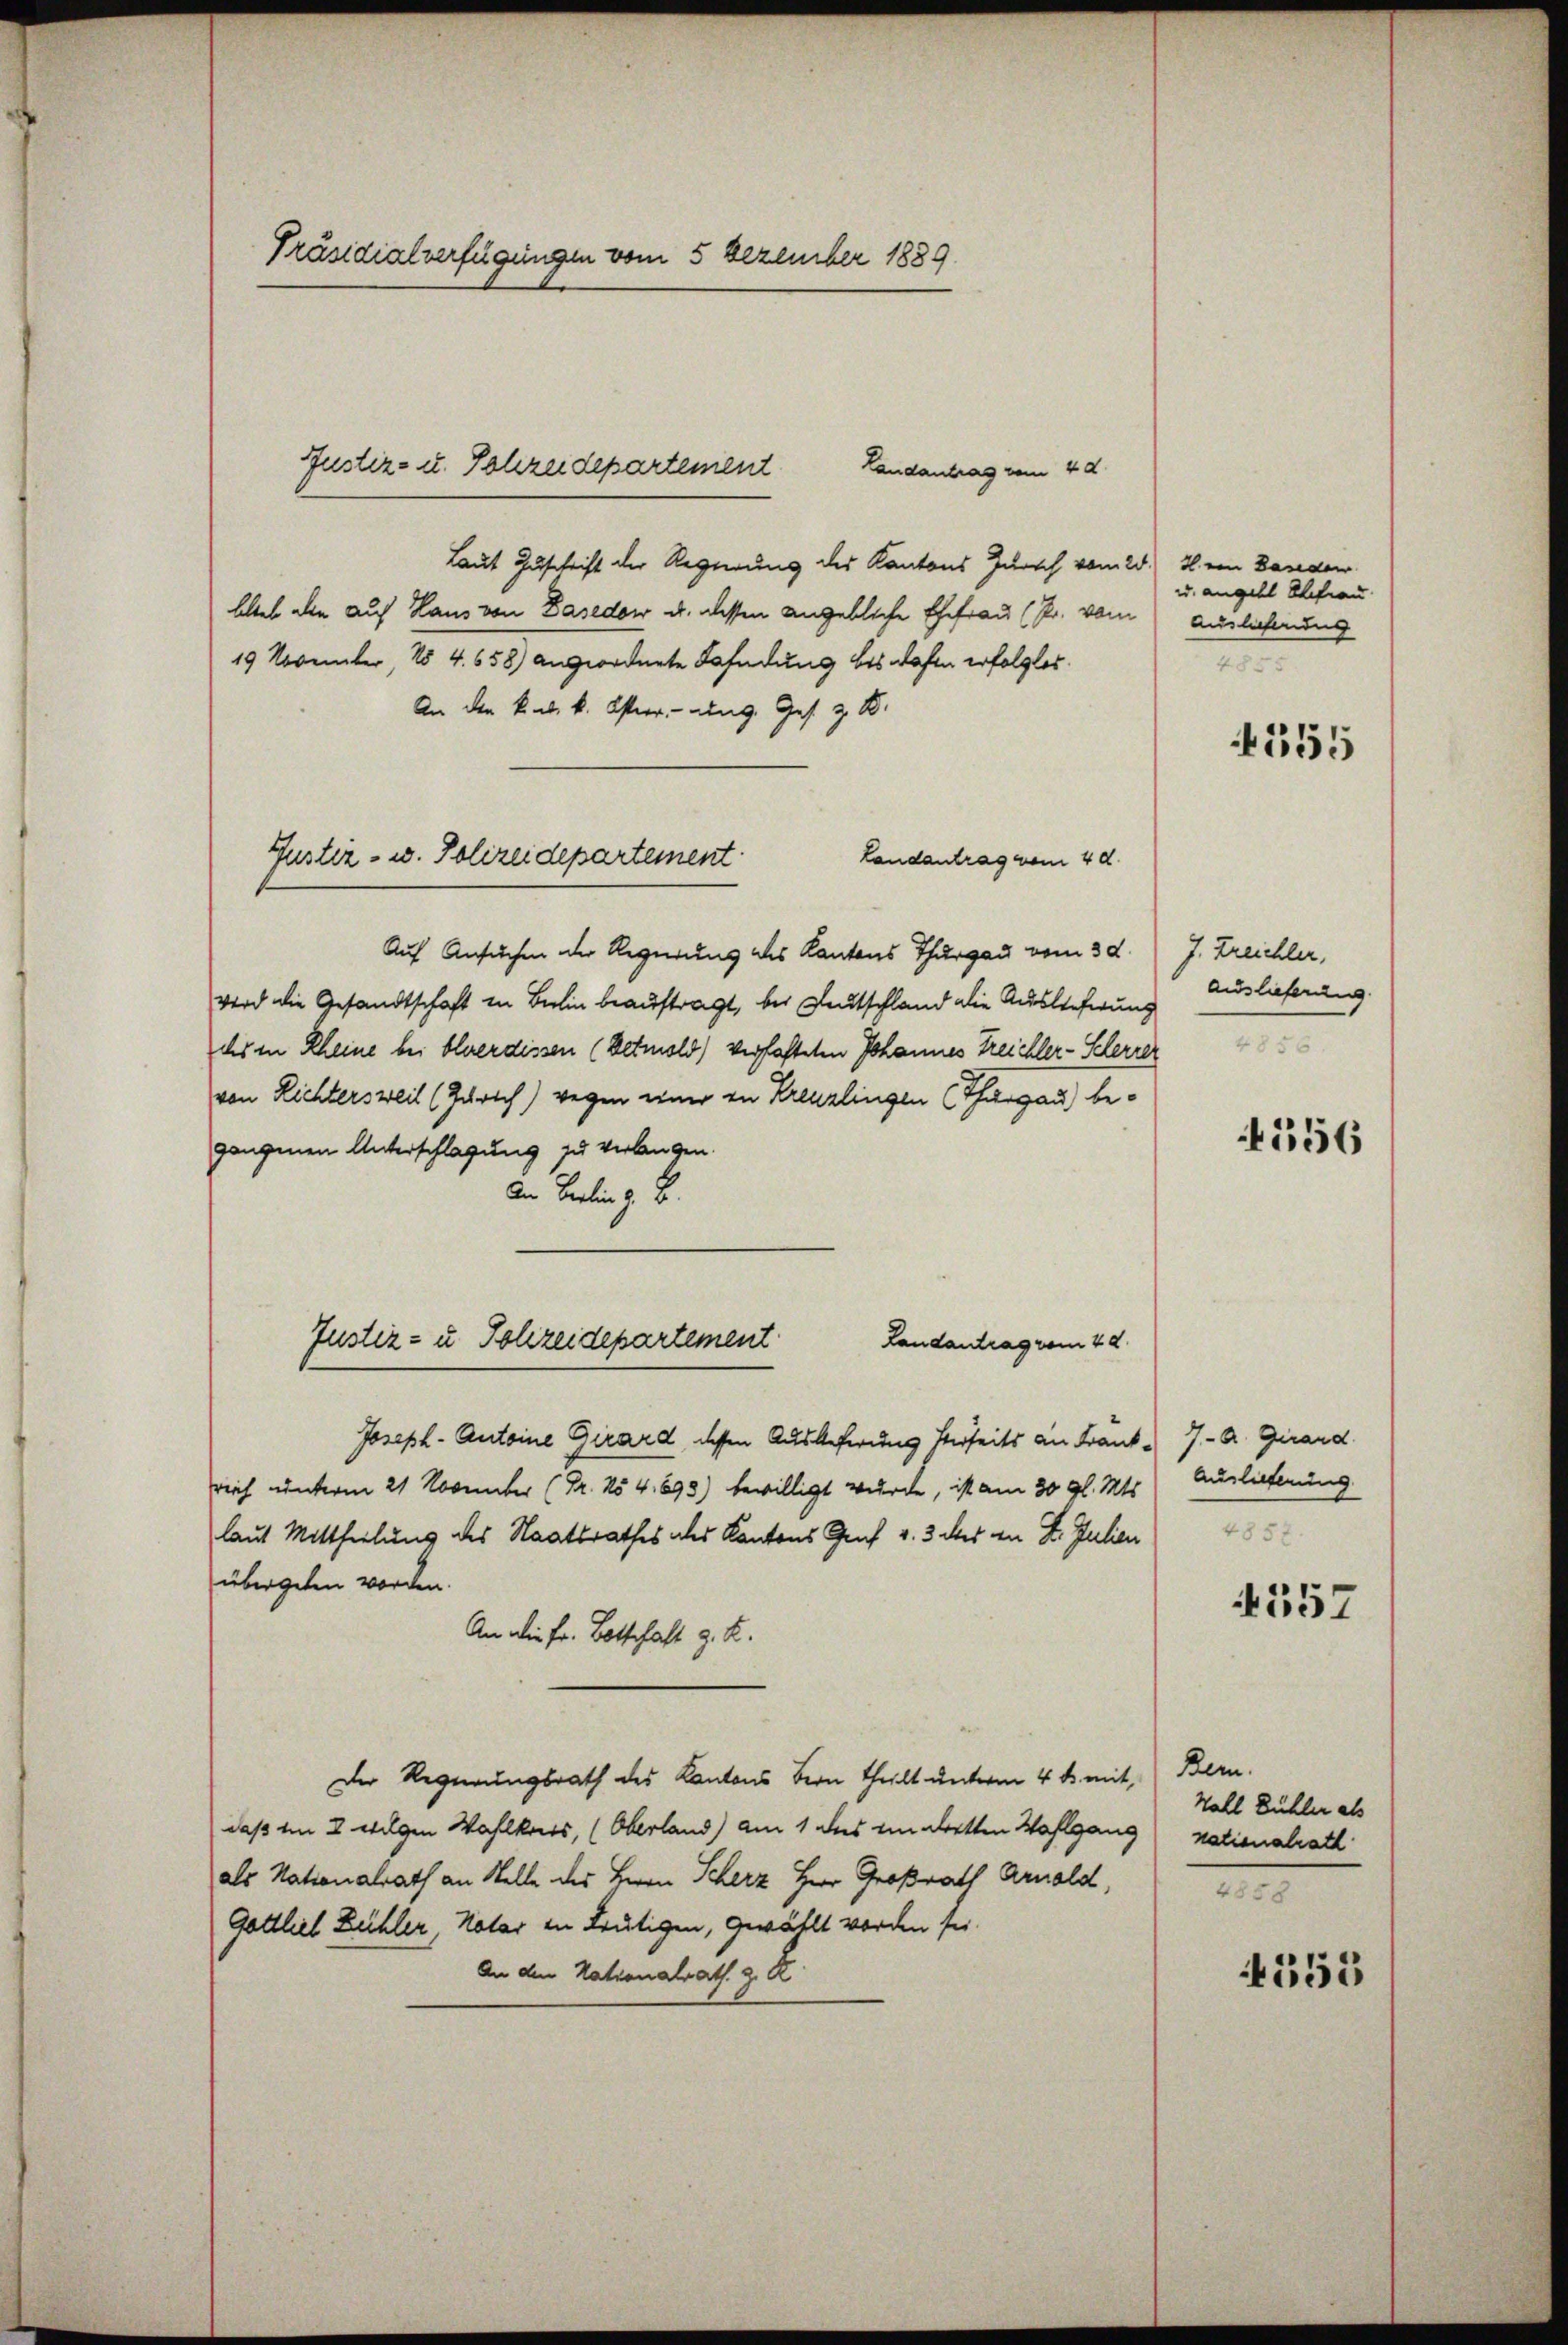
Präsidialverfügungen vom 5 Dezember 1889

Landantrag vom 4 d.
Laut Zuschrift der Regierung des Kantons Zürich vom 20.) J. ein Daneder
blieb alle auf Haus von Dasedow u. dessen angebliche Ehefrau (Pr. vom Auslehnung
19 November, No 4. 658) angeordnete Fahndung bis wesen erfolglos.
An den k. k. k. Osterrung. Ges. z. B.
Landantrag vom 4 d.
Auf Ansuchen der Regierung des Kantons Thurgau vom 30.
wird die Gesandtschaft in Behin beauftragt, bei Deutschland die Auslieferung
dhs in Rheine bei bluerdissen (Detmold) verfaßten Johannes Treichler-Klerrer
von Richtersweil (Gerich) wegen einer in Kreuzlingen (Thurgau) begangenen Unterschlagung zu verlangen.
In Berlin z. B.
Justiz- u. Polizeidepartement
Landantrag vom 4 d.
Joseph-Antoine Girard, dessen Auslieferung herrseits an Frank-
rich unterm 21 November (Fr. No 4. 893) bewilligt wurde, ist am 30 gl. Mts. Auslieferung
laut Mittheilung des Staatsrathes als Kantons Graf v. 3. ds an St. Julien 185
übergeben worden.
An die Fr. Botschaft z. B.
Der Regierungsrath des Kantons Bern theilt unterm 4 t. mit,
daß am 2 welchen Wahlkreis, (Oberland) am 1 des einbetten Wahlgang) nationalrath
als Nationalrath an Stelle des Herrn Scherz Herr Großrath Arnold,
Gottlieb Zühler, Notar in Leutigen, gewählt worden sei.
An den Nationalrath z. B.

Justiz- u. Schreidepartement

Gustiz- u. Polizeidepartement

u. angebt Ehefrau
1

555

J. Treichler,
Auslieferung
4856

4556

7.- A. Girard

557

Bern.
Wahl Bühler als
4858.

4555